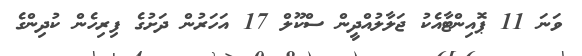
ވަނަ 11 ޕޮއިންޓާއެކު ޖަލާލުއްދީން ސްކޫލް 17 އަހަރުން ދަށުގެ ފިރިހެން ކުދިންގެ